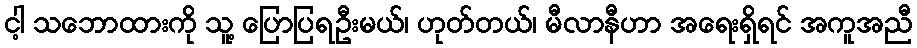
ငါ့ သဘောထားကို သူ့ ပြောပြရဦးမယ်၊ ဟုတ်တယ်၊ မီလာနီဟာ အရေးရှိရင် အကူအညီ